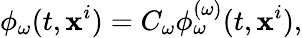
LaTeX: \phi_{\omega}(t,\mathbf{x}^{i})=C_{\omega}\phi_{\omega}^{(\omega)}(t,\mathbf{x}^{i}),